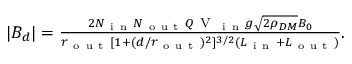
\begin{array} { r } { | B _ { d } | = \frac { 2 N _ { \mathrm { ~ i ~ n ~ } } N _ { \mathrm { ~ o ~ u ~ t ~ } } Q \mathrm { ~ V ~ } _ { \mathrm { ~ i ~ n ~ } } g \sqrt { 2 \rho _ { D M } } B _ { 0 } } { r _ { \mathrm { ~ o ~ u ~ t ~ } } [ 1 + ( d / r _ { \mathrm { ~ o ~ u ~ t ~ } } ) ^ { 2 } ] ^ { 3 / 2 } ( L _ { \mathrm { ~ i ~ n ~ } } + L _ { \mathrm { ~ o ~ u ~ t ~ } } ) } . } \end{array}